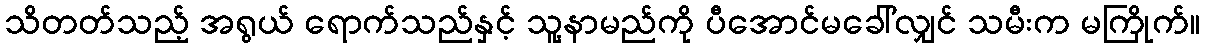
သိတတ်သည့် အရွယ် ရောက်သည်နှင့် သူ့နာမည်ကို ပီအောင်မခေါ်လျှင် သမီးက မကြိုက်။